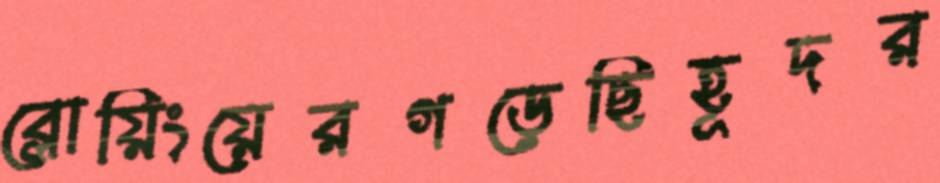
ব্লোয়িংয়েরগড়েছিহূদর